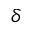
\delta